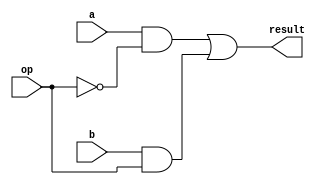
`timescale 1ns / 1ps

module mux1bit2to1(a, b, op, result);
input a, b, op;
output result;

assign result = (a & (~op)) | (b & op);                 //multiplexer logic.

endmodule